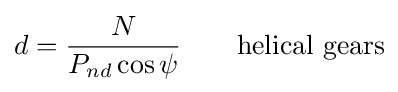
d={\frac {N}{P_{nd}\cos \psi }}\qquad {\text{helical gears}}